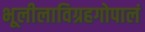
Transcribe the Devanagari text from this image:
भूलीलाविग्रहगोपालं